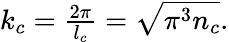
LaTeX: \begin{array}{r}{\mathcal{k}_{c}=\frac{2\pi}{l_{c}}=\sqrt{\pi^{3}n_{c}}.}\end{array}